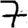
Digit: 7